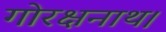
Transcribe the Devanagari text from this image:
गोरक्षनाथ।